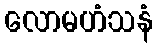
လောမဟံသနံ